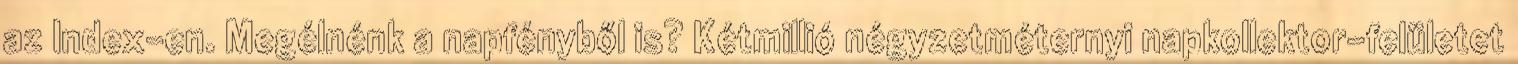
az Index-en. Megélnénk a napfényből is? Kétmillió négyzetméternyi napkollektor-felületet